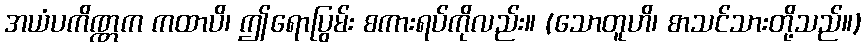
အယံပကိဏ္ဏက ကထာပိ၊ ဤရောပြွမ်း စကားရပ်ကိုလည်း။ (သောတူဟိ၊ စာသင်သားတို့သည်။)